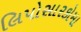
લિપોસારકોમા